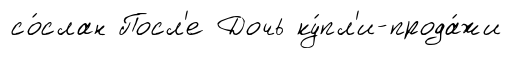
со́слан Посл'е Дочь ку́пл'и-прода́жи